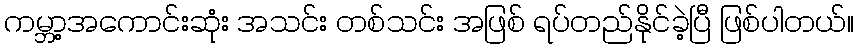
ကမ္ဘာ့အကောင်းဆုံး အသင်း တစ်သင်း အဖြစ် ရပ်တည်နိုင်ခဲ့ပြီ ဖြစ်ပါတယ်။